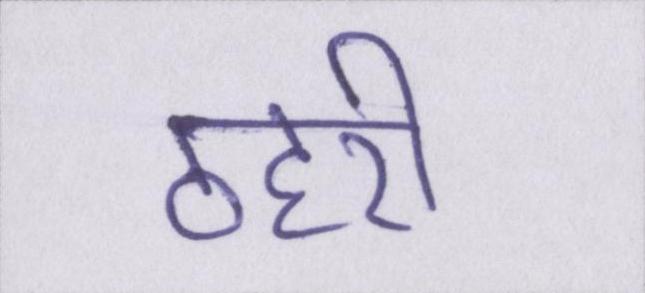
ठहरी